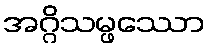
အဂ္ဂိသမ္ဖဿော